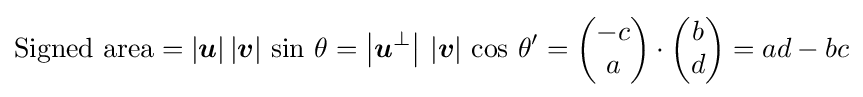
{\text{Signed area}}=|{\boldsymbol {u}}|\,|{\boldsymbol {v}}|\,\sin \,\theta =\left|{\boldsymbol {u}}^{\perp }\right|\,\left|{\boldsymbol {v}}\right|\,\cos \,\theta '={\begin{pmatrix}-c\\a\end{pmatrix}}\cdot {\begin{pmatrix}b\\d\end{pmatrix}}=ad-bc